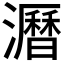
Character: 𤃝